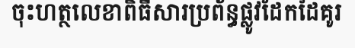
ចុះហត្ថលេខាពិធីសារប្រព័ន្ធផ្លូវដែកដៃគូរ